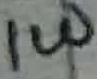
Text: 1W